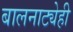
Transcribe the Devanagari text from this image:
बालनाट्येही